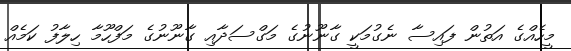
މީހެއްގެ އަތުން ފައިސާ ނެގުމަކީ ގާނޫނުގެ މަގްސަދާއި ގާނޫނުގެ މަފްހޫމާ ހިލާފު ކަމެއް